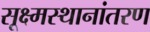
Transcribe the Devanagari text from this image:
सूक्ष्मस्थानांतरण